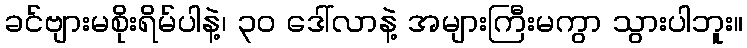
ခင်ဗျားမစိုးရိမ်ပါနဲ့၊ ၃၀ ဒေါ်လာနဲ့ အများကြီးမကွာ သွားပါဘူး။